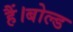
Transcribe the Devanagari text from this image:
हैं।बोल्ड